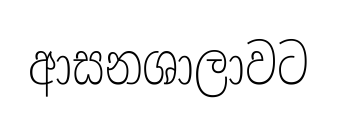
ආසනශාලාවට